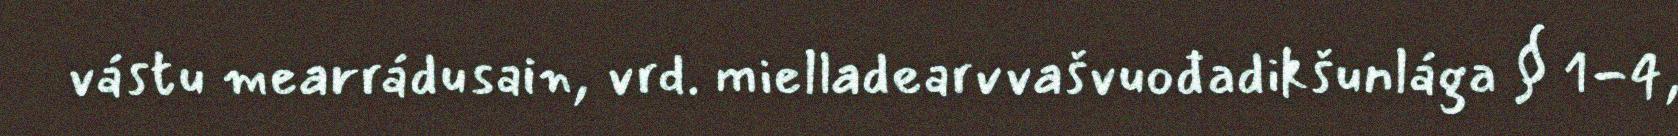
vástu mearrádusain, vrd. mielladearvvašvuođadikšunlága § 1-4,